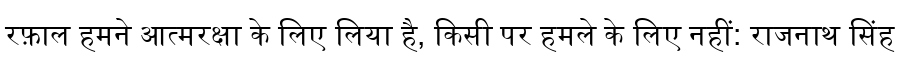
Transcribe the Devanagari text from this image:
रफ़ाल हमने आत्मरक्षा के लिए लिया है, किसी पर हमले के लिए नहीं: राजनाथ सिंह